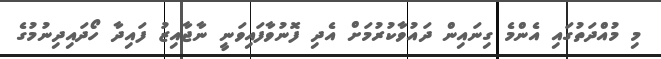
މި މުއްދަތުގައި އެންމެ ގިނައިން ދައުވާކުރުމަށް އެދި ފޮނުވާފައިވަނީ ނާޖާއިޒު ފައިދާ ހޯދައިދިނުމުގެ